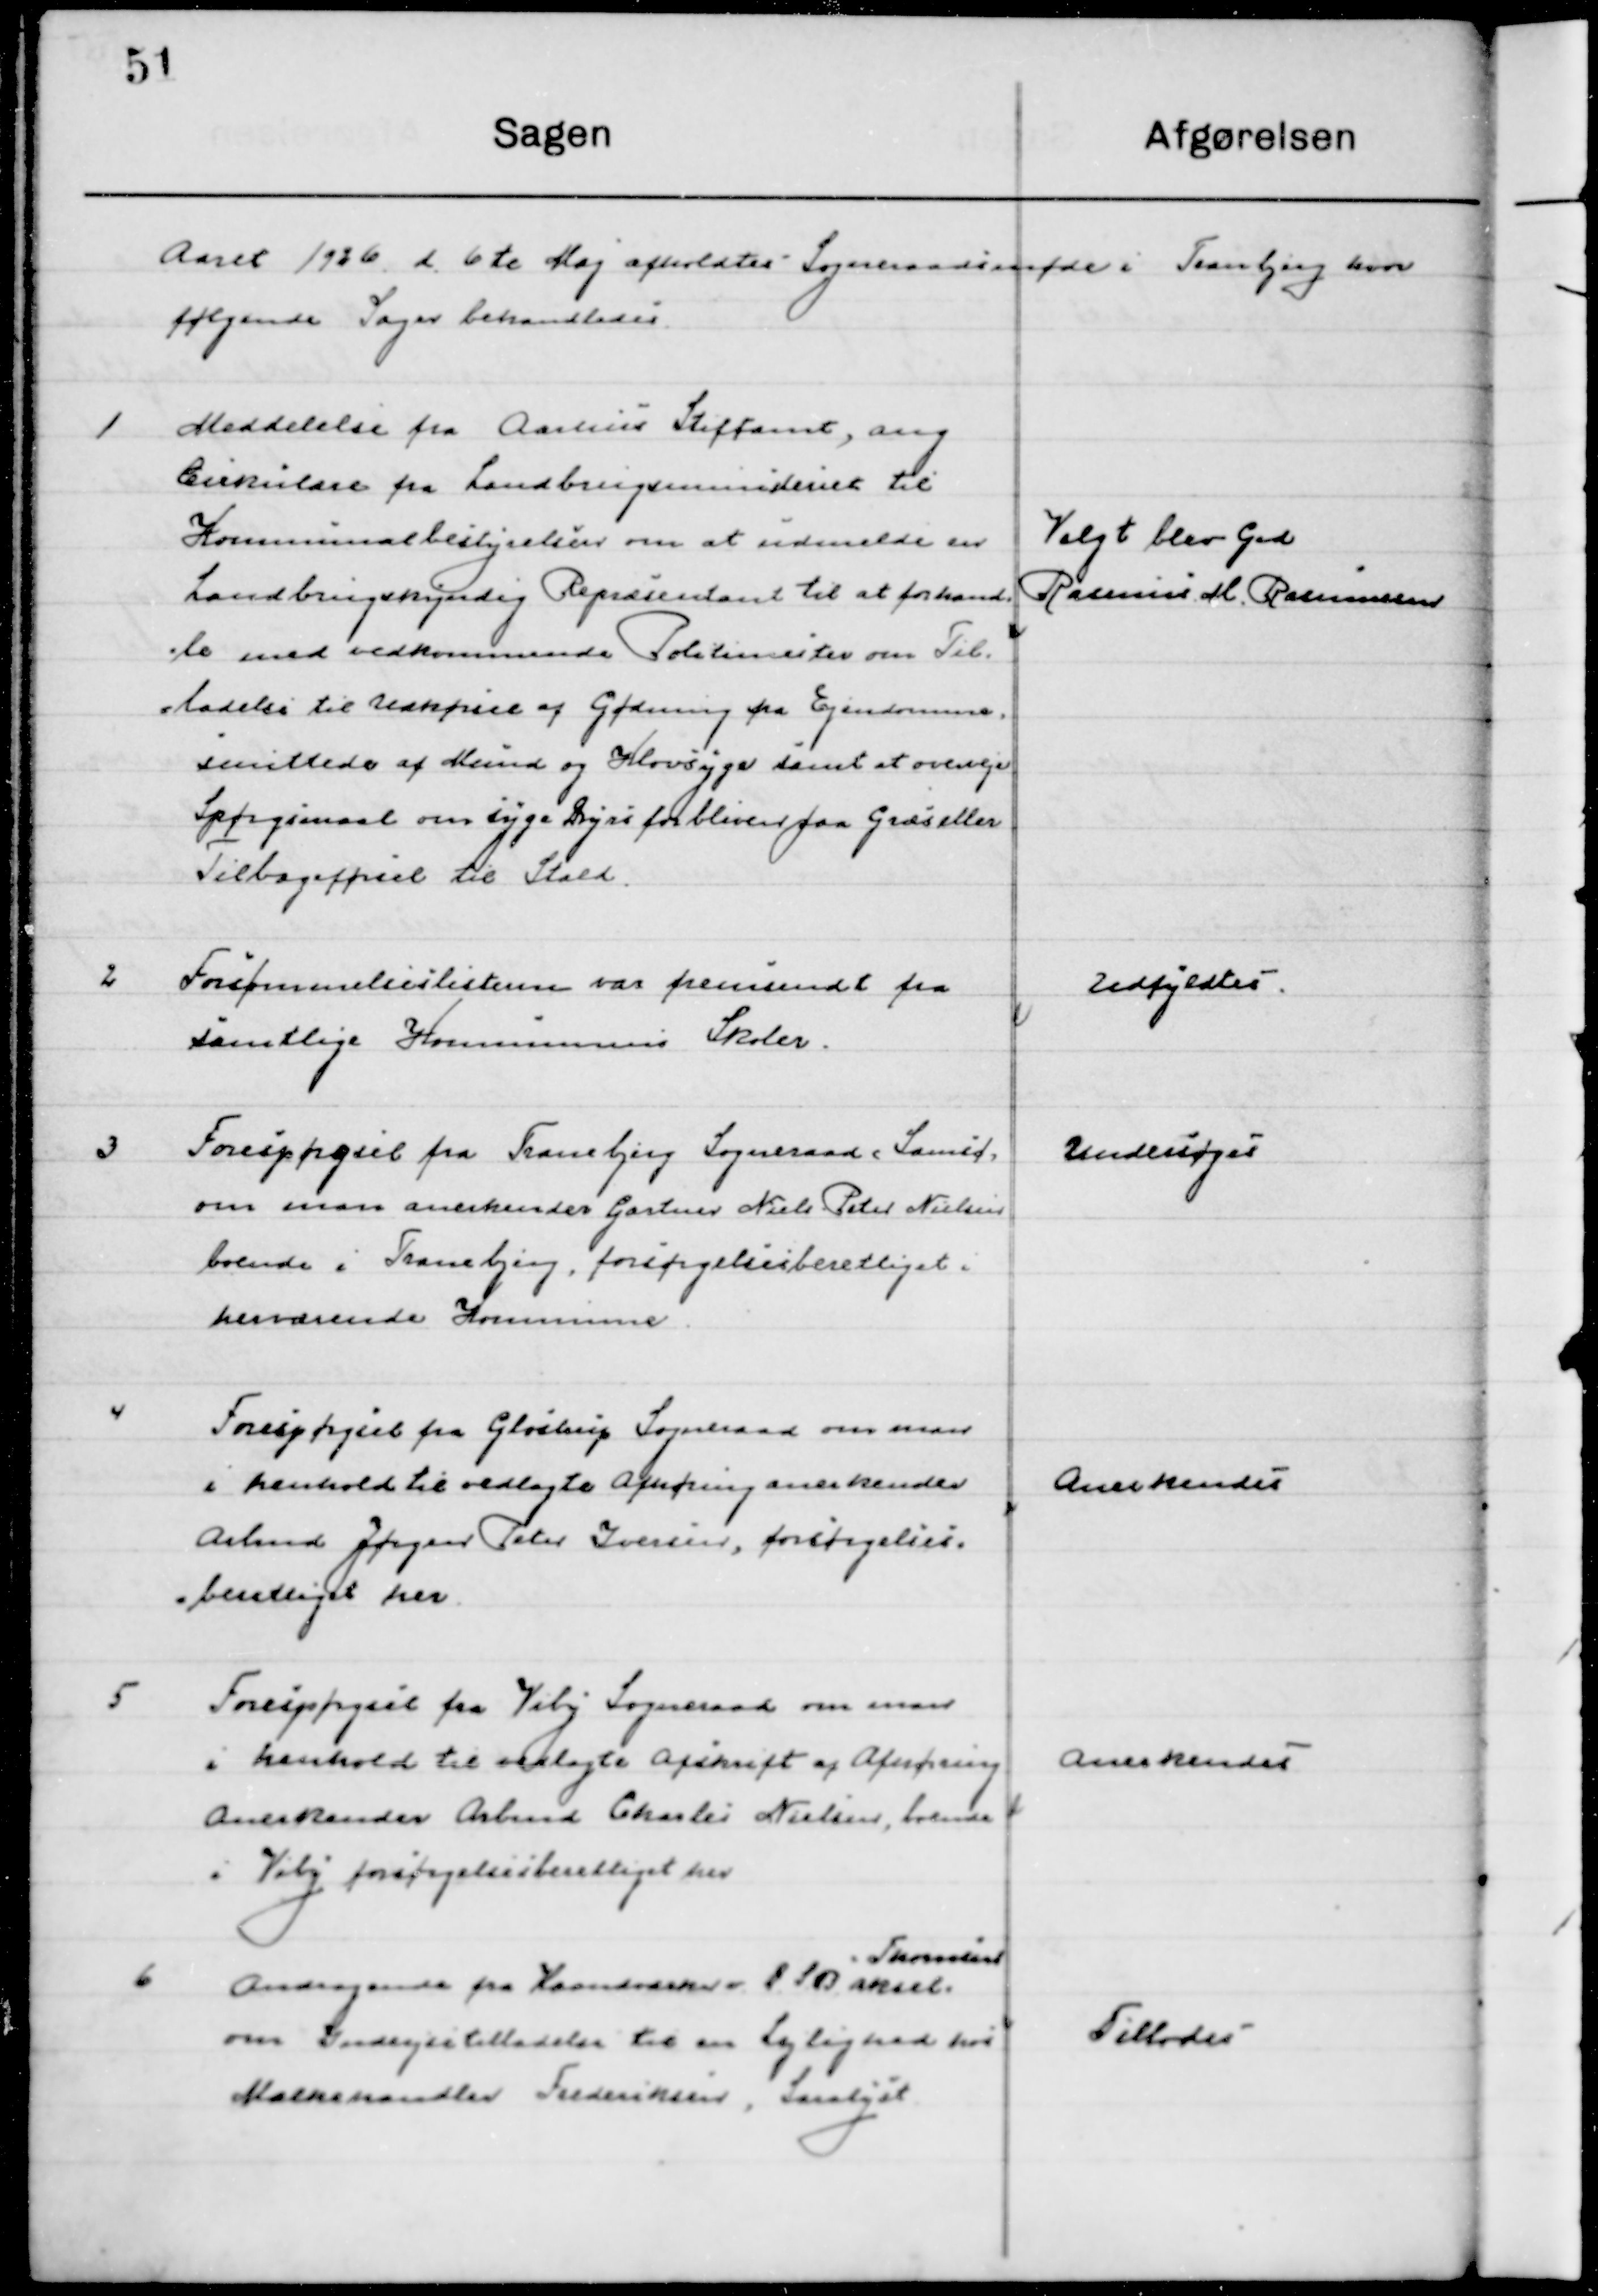
Transskription:
Aaret 1926 d. 6de Maj  afholdtes  Sogneraadsmøde i Tranbjerg hvor 
følgende Sager behandledes.

1

Meddelelse fra Aarhus Stiftsamt, ang.
Cirkulære fra Landbrugsministeriet til
Kommunebestyrelsen om at indmelde en
Landbrugskyndig Repræsentant til at forhand-
le med vedkommende Politimester om Til-
ladelse til Udkørsel af Gødning fra Ejendomme
smittet af Mund og Klovsyge samt at overveje
Spørgsmaal om syge Dyrs forbliver paa Græs eller
Tilbageførsel til Stald.

Valgt blev Grd.
Rasmus M. Rasmussen

2

Forsømmelseslisterne var fremsendt fra 
samtlige Kommuners Skoler

Udfyldtes

3

Forespørgsel fra Tranbjerg Sogneraad, Samsø.
om man anerkender Gartner Niels Peter Nielsen
boende i Tranbjerg, forsørgelsesberettiget.
Herværende Kommune.

Undersøges

4

Forespørgsel fra Glostrup Sogneraad om man
i henhold til vedlagte Afhøring anerkender 
Arbmd. Jørgen Peter Iversen, forsørgelses- 
berettiget her.

Anerkendes

5

Forespørgsel fra Viby Sogneraad om man
i henhold til vedlagte Afskrift af Afhøring 
anerkender Arbmd. Charlie Nielsen, boende 
i Viby forsørgelsesberettiget her.

Anerkendes

6

Andragende fra Haandværker D. S. B. Aksel 
Thomasen
om Indrejsetilladelse til en Lejlighed hos
Mælkehandler Frederiksen, Saralyst

Tillodes